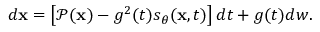
\begin{array} { r } { d \mathbf { x } = \left[ \mathcal { P } ( \mathbf { x } ) - g ^ { 2 } ( t ) s _ { \theta } ( \mathbf { x } , t ) \right] d t + g ( t ) d w . } \end{array}